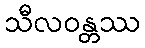
သီလဝန္တဿ